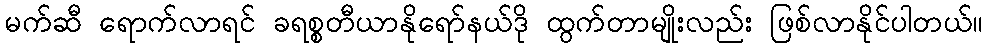
မက်ဆီ ရောက်လာရင် ခရစ္စတီယာနိုရော်နယ်ဒို ထွက်တာမျိုးလည်း ဖြစ်လာနိုင်ပါတယ်။